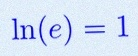
\ln(e)=1